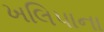
ખલિપાના